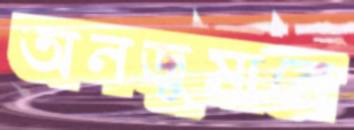
অনজুমানে